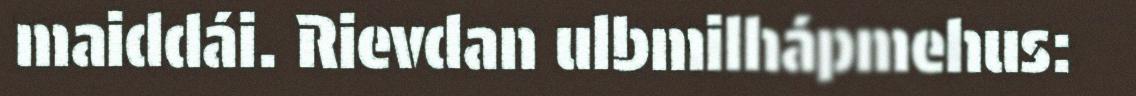
maiddái. Rievdan ulbmilhápmehus: